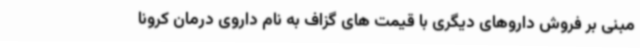
مبنی بر فروش داروهای دیگری با قیمت های گزاف به نام داروی درمان کرونا